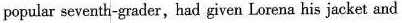
popular seventh-grader,had given Lorena his jacket and